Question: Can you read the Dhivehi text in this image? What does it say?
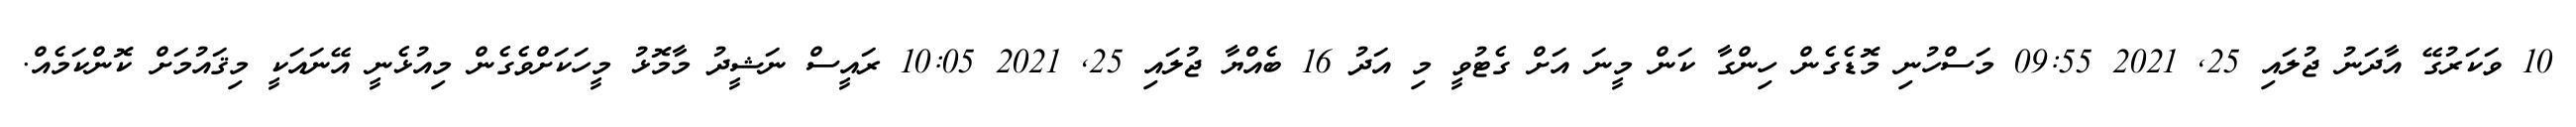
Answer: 10 ވަކަރުގޭ އާދަނު ޖުލައި 25, 2021 09:55 މަސްހުނި މޮޑެގެން ހިންގާ ކަން މީނަ އަށް ގެޓުވީ މި އަދު 16 ބެއްޔާ ޖުލައި 25, 2021 10:05 ރައީސް ނަޝީދު މާމޮޅު މީހަކަށްވެގެން މިއުޅެނީ އޭނައަކީ މިޤައުމަށް ކޮންކަމެއް.